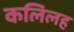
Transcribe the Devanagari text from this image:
कलिलह